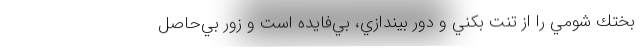
بختك شومي را از تنت بكني و دور بيندازي، بي‌فايده است و زور بي‌حاصل